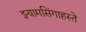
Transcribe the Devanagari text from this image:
झ्यामसिंगाहस्ते